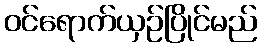
ဝင်ရောက်ယှဉ်ပြိုင်မည်